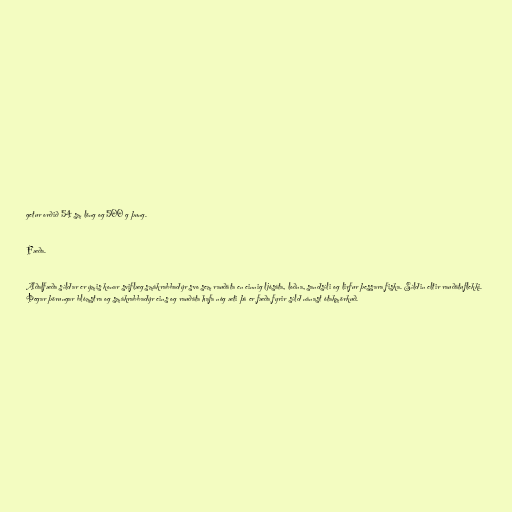
getur orðið 54 sm löng og 500 g þung.

Fæða.

Aðalfæða síldar er ýmis konar sviflæg smákrabbadýr svo sem rauðáta en einnig ljósáta, loðna, sandsíli og lirfur þessara fiska. Síldin eltir rauðátuflekki.
Þegar þörungar blómstra og smákrabbadýr eins og rauðáta hafa nóg æti þá er fæða fyrir síld nánast ótakmörkuð.